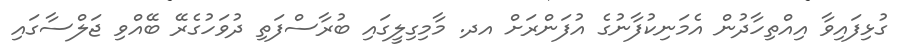
ގުޅިފައިވާ އިއްތިހާދުން އެމަނިކުފާނުގެ އުފަންރަށް އދ. މާމިގިލީގައި ބުރާސްފަތި ދުވަހުގެރޭ ބޭއްވި ޖަލްސާގައި